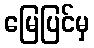
မြေပြင်မှ